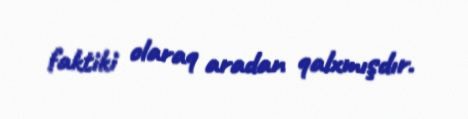
faktiki olaraq aradan qalxmışdır.